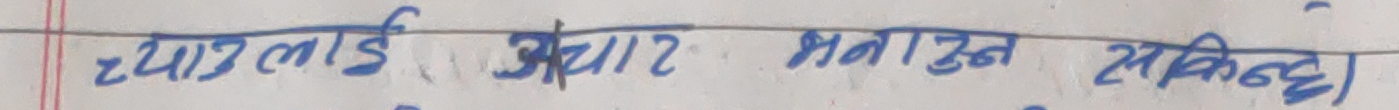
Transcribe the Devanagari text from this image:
च्याऊलाई अचार बनाउन सकिन्छ।